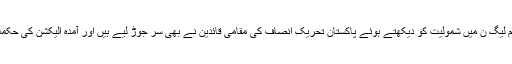
جبکہ سردار غلام عباس خان کی مسلم لیگ ن میں شمولیت کو دیکھتے ہوئے پاکستان تحریک انصاف کی مقامی قائدین نے بھی سر جوڑ لیے ہیں اور آمدہ الیکشن کی حکمت عملی تیار کرنا شروع کر دی ہے۔